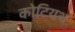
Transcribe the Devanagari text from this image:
कोटियथ